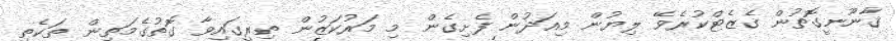
ޤާނޫނީގޮތުން ގެޒެޓްކުރެވޭ ލިޔުން މިއަދުން ފެށިގެން މި މަރުކަޒުން ތިރީގައިވާ ގޮތުގެމަތިން ތަކެތި